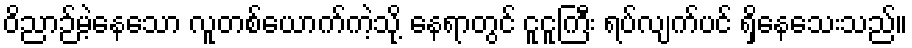
ဝိညာဉ်မဲ့နေသော လူတစ်ယောက်ကဲ့သို့ နေရာတွင် ငူငူကြီး ရပ်လျက်ပင် ရှိနေသေးသည်။